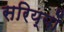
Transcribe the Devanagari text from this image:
सरिय्यों